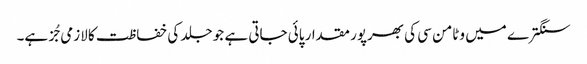
سنگترے میں وٹامن سی کی بھرپور مقدار پائی جاتی ہے جو جلد کی خفاظت کا لازمی جُز ہے۔